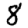
Digit: 8